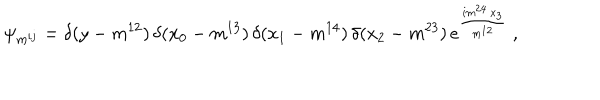
\psi _ { m ^ { i j } } = \delta ( y - m ^ { 1 2 } ) \, \delta ( x _ { 0 } - m ^ { 1 3 } ) \, \delta ( x _ { 1 } - m ^ { 1 4 } ) \, \delta ( x _ { 2 } - m ^ { 2 3 } ) \, e ^ { \frac { i m ^ { 2 4 } \, x _ { 3 } } { m ^ { 1 2 } } } \ ,